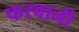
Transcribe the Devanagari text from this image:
फरवानी